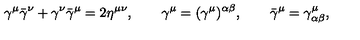
\gamma ^ { \mu } \bar { \gamma } ^ { \nu } + \gamma ^ { \nu } \bar { \gamma } ^ { \mu } = 2 \eta ^ { \mu \nu } , \qquad \gamma ^ { \mu } = ( \gamma ^ { \mu } ) ^ { \alpha \beta } , \qquad \bar { \gamma } ^ { \mu } = \gamma _ { \alpha \beta } ^ { \mu } ,